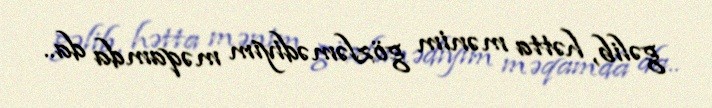
gəlib, hətta mənim gözləmədiyim məqamda da..